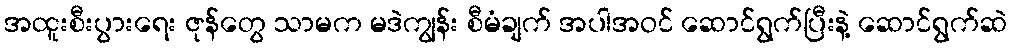
အထူးစီးပွားရေး ဇုန်တွေ သာမက မဒဲကျွန်း စီမံချက် အပါအဝင် ဆောင်ရွက်ပြီးနဲ့ ဆောင်ရွက်ဆဲ